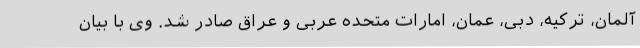
آلمان، ترکیه، دبی، عمان، امارات متحده عربی و عراق صادر شد. وی با بیان